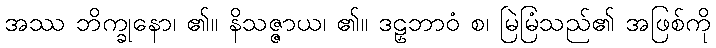
အဿ ဘိက္ခုနော၊ ၏။ နိသဇ္ဇာယ၊ ၏။ ဒဠှဘာဝံ စ၊ မြဲမြံသည်၏ အဖြစ်ကို